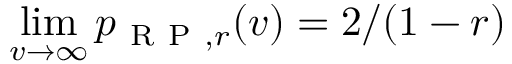
\operatorname* { l i m } _ { v \to \infty } p _ { \mathrm { ~ R ~ P ~ } , r } ( v ) = 2 / ( 1 - r )